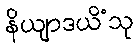
နိယျာဒယိံသု